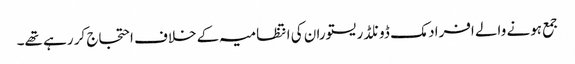
جمع ہونے والے افراد مک ڈونلڈ ریستوران کی انتظامیہ کے خلاف احتجاج کر رہے تھے۔